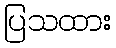
ပြသထား